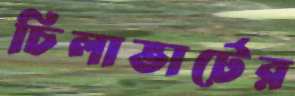
চিলাভার্টের